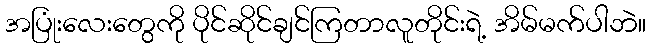
အပြုံးလေးတွေကို ပိုင်ဆိုင်ချင်ကြတာလူတိုင်းရဲ့ အိမ်မက်ပါဘဲ။